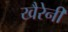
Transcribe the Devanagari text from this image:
खैरेनी